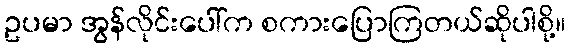
ဥပမာ အွန်လိုင်းပေါ်က စကားပြောကြတယ်ဆိုပါစို့။